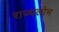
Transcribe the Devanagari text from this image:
राज्यलोभ